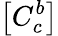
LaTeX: \left[C_{c}^{b}\right]